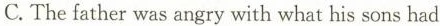
C. The father was angry with what his sons had